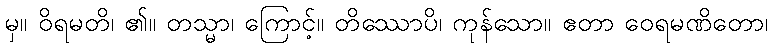
မှ။ ဝိရမတိ၊ ၏။ တသ္မာ၊ ကြောင့်။ တိဿောပိ၊ ကုန်သော။ ဧတာ ဝေရမဏိတော၊